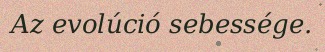
Az evolúció sebessége.